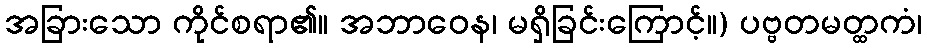
အခြားသော ကိုင်စရာ၏။ အဘာဝေန၊ မရှိခြင်းကြောင့်။) ပဗ္ဗတမတ္ထကံ၊